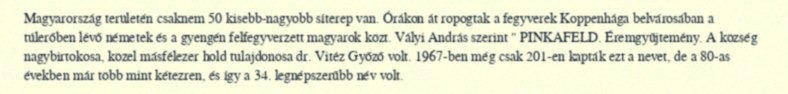
Magyarország területén csaknem 50 kisebb-nagyobb síterep van. Órákon át ropogtak a fegyverek Koppenhága belvárosában a túlerőben lévő németek és a gyengén felfegyverzett magyarok közt. Vályi András szerint " PINKAFELD. Éremgyűjtemény. A község nagybirtokosa, közel másfélezer hold tulajdonosa dr. Vitéz Győző volt. 1967-ben még csak 201-en kapták ezt a nevet, de a 80-as években már több mint kétezren, és így a 34. legnépszerűbb név volt.